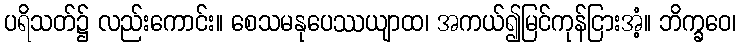
ပရိသတ်၌ လည်းကောင်း။ စေသမနုပေဿယျာထ၊ အကယ်၍မြင်ကုန်ငြားအံ့။ ဘိက္ခဝေ၊